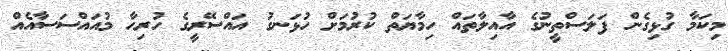
މިކަމާ ގުޅިގެން ފަލަސްތީނުގެ އާއިލާތައް ހިމާޔަތް ކުރުމަށް ހުޅަނގު އައްސޭރީގެ ހުރިހާ މުއައްސަސާއެއް